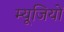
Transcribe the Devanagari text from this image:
म्यूजियों